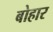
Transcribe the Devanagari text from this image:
बोहार